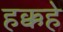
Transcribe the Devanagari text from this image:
हक्कहे